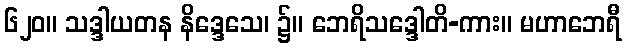
၆၂၀။ သဒ္ဒါယတန နိဒ္ဒေသေ၊ ၌။ ဘေရိသဒ္ဒေါတိ-ကား။ မဟာဘေရီ